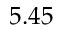
5 . 4 5